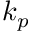
k _ { p }